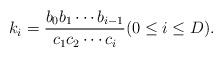
LaTeX: \begin{align*} k_i = \frac{b_0 b_1 \cdots b_{i-1}}{c_1 c_2 \cdots c_i} (0 \le i \le D).\end{align*}